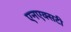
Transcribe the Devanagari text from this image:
एनएक्सटी